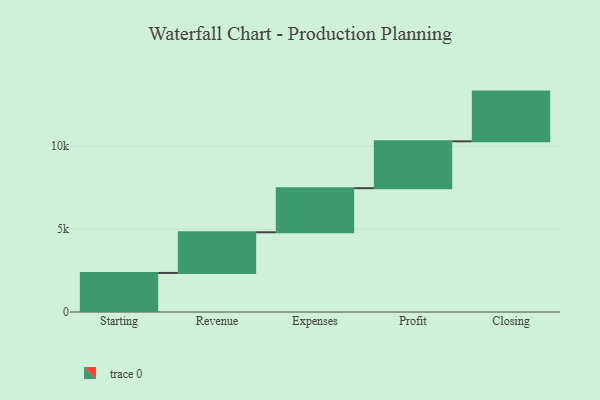
{"axis": {"x": "Step", "y": "Value"}, "legend": [""], "data": [{"x": "Starting", "y": 2358.0, "type": ""}, {"x": "Revenue", "y": 2453.0, "type": ""}, {"x": "Expenses", "y": 2661.0, "type": ""}, {"x": "Profit", "y": 2827.0, "type": ""}, {"x": "Closing", "y": 3000, "type": ""}]}